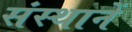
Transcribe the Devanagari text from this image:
संस्थानें